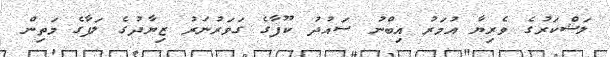
ލަޝްކަރުގެ ވެރިޔާ އުމަރު އިބްނު ސައުދު ކޫފާގެ ގަވަރުނަރު ޒިޔާދުގެ ލަފާގެ މަތިން